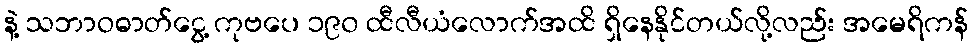
နဲ့ သဘာဝဓာတ်ငွေ့ ကုဗပေ ၁၉၀ ထီလီယံလောက်အထိ ရှိနေနိုင်တယ်လို့လည်း အမေရိကန်